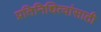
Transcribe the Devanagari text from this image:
प्रतिनिधित्वांसाठी